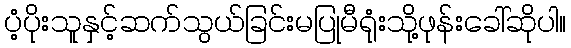
ပံ့ပိုးသူနှင့်ဆက်သွယ်ခြင်းမပြုမီရုံးသို့ဖုန်းခေါ်ဆိုပါ။